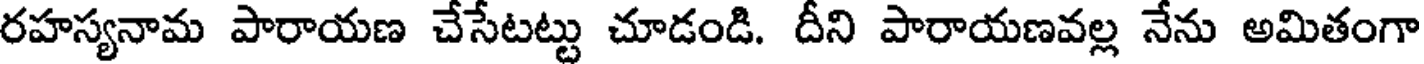
రహస్యనామ పారాయణ చేసేటట్టు చూడండి. దీని పారాయణవల్ల నేను అమితంగా